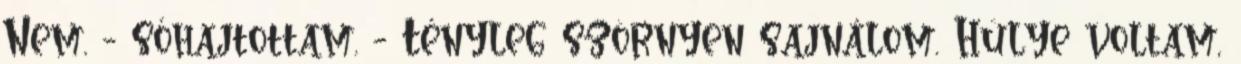
Nem. - sóhajtottam. - Tényleg szörnyen sajnálom. Hülye voltam,